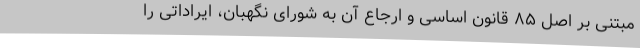
مبتنی بر اصل ۸۵ قانون اساسی و ارجاع آن به شورای نگهبان، ایراداتی را